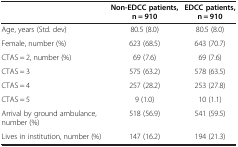
|  | Non-EDCC patients, n = 910 | EDCC patients, n = 910 |
 | --- | --- | --- |
 | Age, years (Std. dev) | 80.5 (8.0) | 80.5 (8.0) |
 | Female, number (%) | 623 (68.5) | 643 (70.7) |
 | CTAS = 2, number (%) | 69 (7.6) | 69 (7.6) |
 | CTAS = 3 | 575 (63.2) | 578 (63.5) |
 | CTAS = 4 | 257 (28.2) | 253 (27.8) |
 | CTAS = 5 | 9 (1.0) | 10 (1.1) |
 | Arrival by ground ambulance, number (%) | 518 (56.9) | 541 (59.5) |
 | Lives in institution, number (%) | 147 (16.2) | 194 (21.3) |